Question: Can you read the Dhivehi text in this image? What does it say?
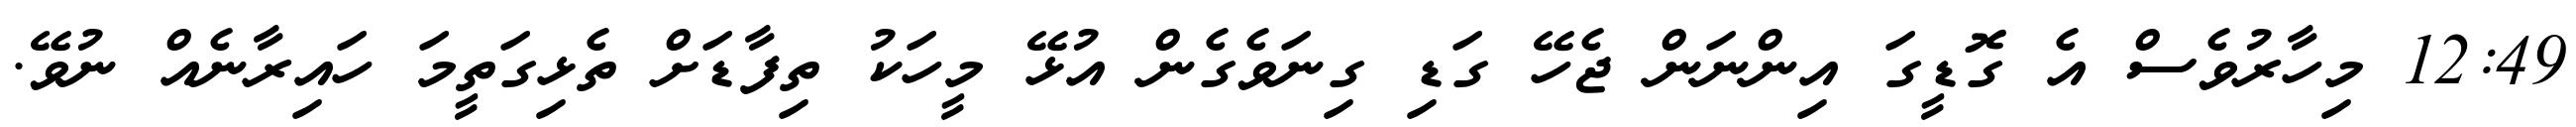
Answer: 12:49 މިހާރުވެސް އެ ގޮޑީގަ އިންނަން ޖެހޭ ގަޑި ގިނަވެގެން އުޅޭ މީހަކު ތިފާޑަށް ތެޅިގަތީމަ ހައިރާނެއް ނުވޭ.